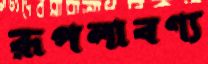
রূপলাবণ্য